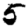
Digit: 5